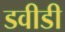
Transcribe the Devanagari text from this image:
डवीडी